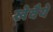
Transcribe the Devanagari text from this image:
खेवैये